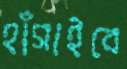
হাঁসাইবে